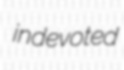
indevoted